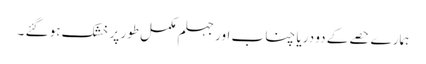
ہمارے حصے کے دو دریا چناب اور جہلم مکمل طور پر خشک ہو گئے ۔